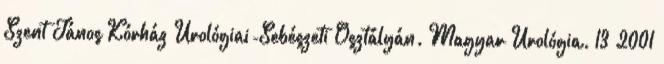
Szent János Kórház Urológiai-Sebészeti Osztályán. Magyar Urológia. 13 2001